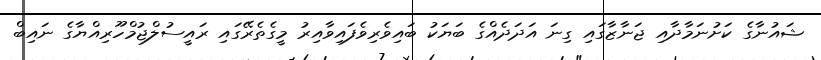
ޝައުނާގެ ކަށުނަމާދާއި ޖަނާޒާގައި ގިނަ އަދަދެއްގެ ބަޔަކު ބައިވެރިވެފައިވާއިރު މީގެތެރޭގައި ރައީސުލްޖުމްހޫރިއްޔާގެ ނައިބް